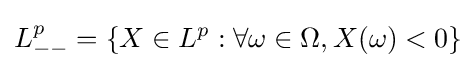
L_{--}^{p}=\{X\in L^{p}:\forall \omega \in \Omega ,X(\omega )<0\}